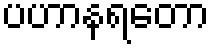
ပဟာနရတော